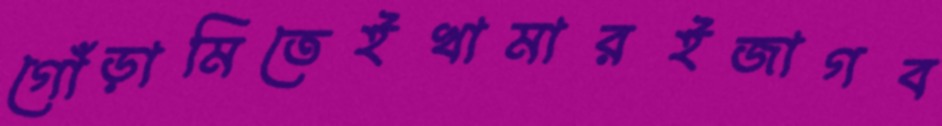
গোঁড়ামিতেইখামারইজাগব